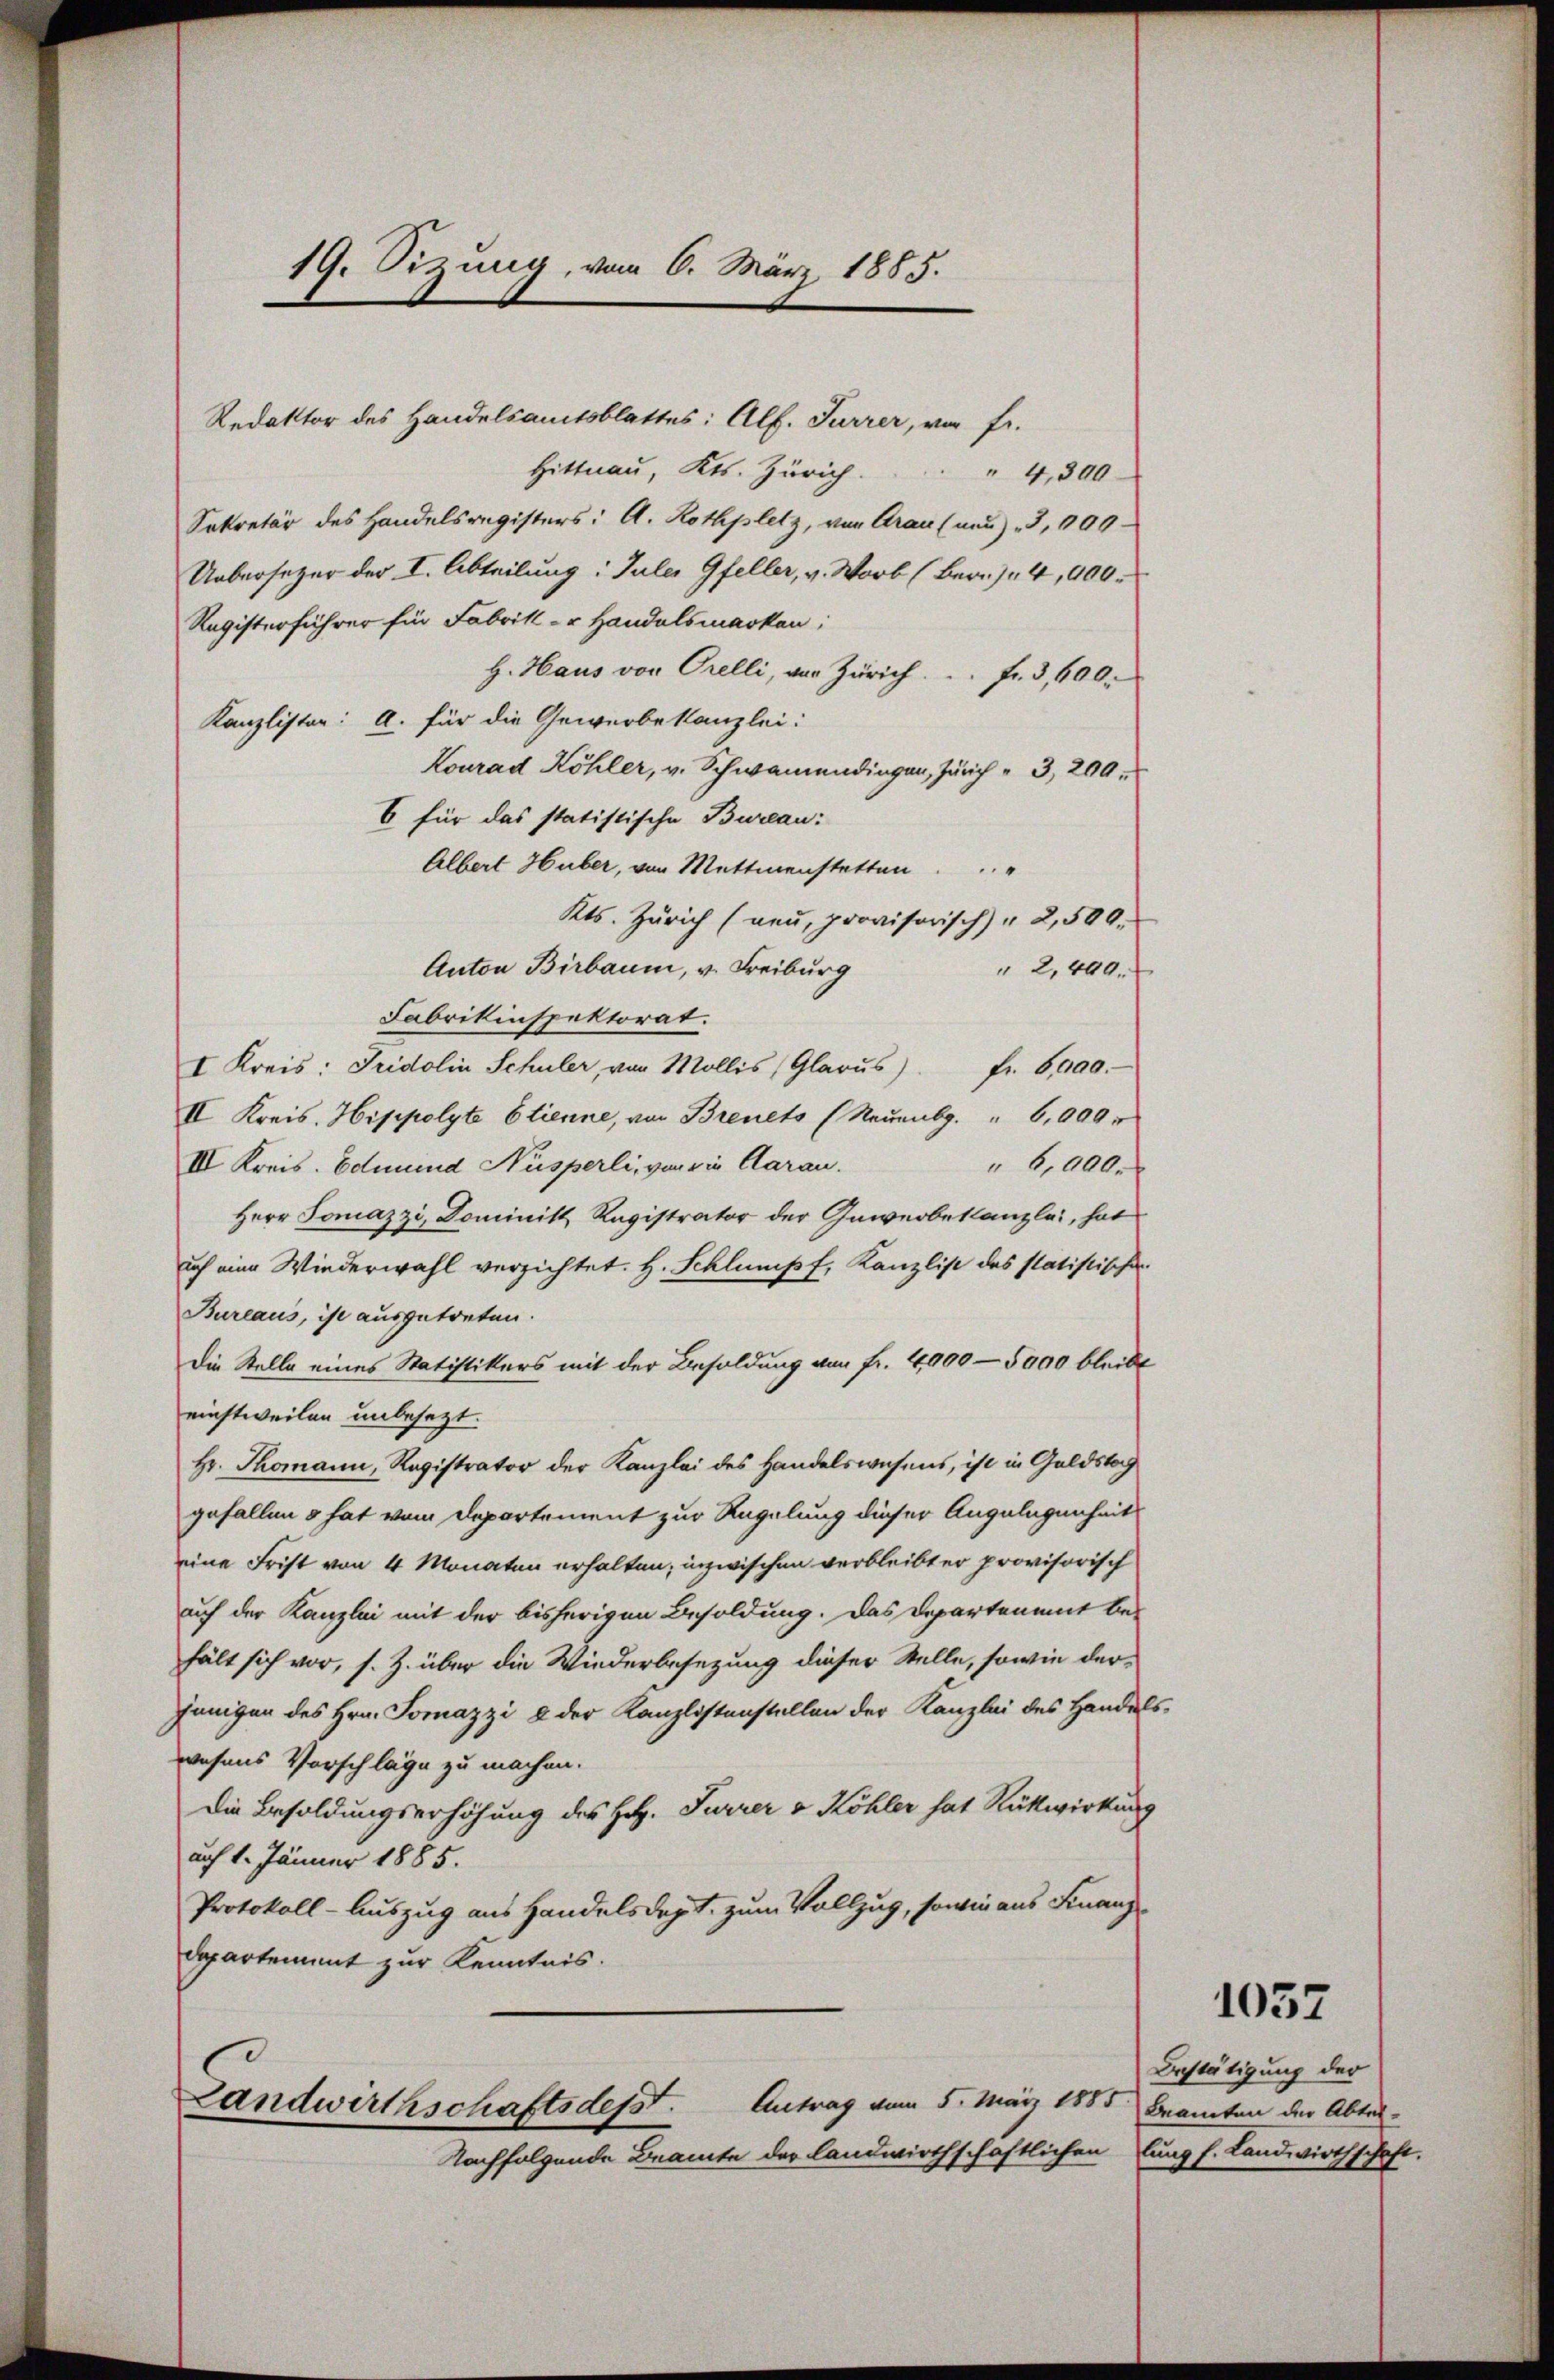
Redaktor des Handelsamtsblattes: Alf. Furrer, von Fr.
Hittnau, Kts. Zürich.
4,300
Sekretär des Handelsregisters: A. Rothplatz, von Arau (neu) 3,000
Uebersetzer der I. Abteilung: Juler Gfeller, v. Worb (Bern) 4,000.
Registerführer für Fabrik- u. Handelsmarken:
H. Haus von Orelli, von Zürich.  .. . fr. 3,600.
Kanzlister: a. für die Gewerbekanzlei:
Konrad Köhler, v. Schwamendingen, Zürich " 3, 200.
6 für das statistische Bureau:
Albert Huber, von Mettmenstetten
.
Kts. Zürich (neu, provisorisch) " 2,500.
Anton Birbaum, v. Freiburg
" 2,440.
Fabrikinspektorat.
I Kreis: Fridolin Schuler, von Mollis (Glarus). fr. 6000.-
II Kreis. Hippolyte Etienne, von Brenets (Neuenbg. " 6,009.
III. Kreis. Edmund Nusperli, von die Aarau
" 6,000.
Herr Jonazzi, Dominik Ragistrator der Gewerbekanzlei, hat
ich eine Wiederwahl verzichtet. H. Schlumpf, Kanzlist des statistische
Bureaus, ist ausgetreten.
Die Stelle eines Statistikers mit der Besoldung von fr. 4900—5000 bleibt
einstweilen unbesezt.
Hr. Thomann, Registrator der Kanzlei des Handelswesens, ist in Goldstag
gefallen s hat vom Departement zur Regelung dieser Angelegenheit
eine Frist von 4 Monaten erhalten; inzwischen verbleibt er provisorisch
auf der Kanzlei mit der bisherigen Besoldung. Das Departenant behält sich vor, s. Z. über die Wiederbesezung dieser Stelle, sowie derjenigen des Hrn. Tomazzi & der Kanzlistenstellen der Kanzlei des Handelswesens Vorschläge zu machen.
Die Besoldungserhöhung des Holz. Furrer v Köhler hat Rückwirkung
auch 1. Jänner 1885.
Protokoll-Auszug aus Handelsdept. zum Vollzug, sowie aus Finanz¬
Departement zur Kenntnis.

19. Sizung, vom 6. März 1885.

Antrag vom 5. März 1885
Landwirthschaftsdest.
Nachfolgende Beamte der landwirthschaftlichen

1057

Bestätigung der
Beamten der Abtei-
lung s. Landwirthschaft